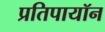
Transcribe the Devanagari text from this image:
प्रतिपायॉन